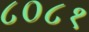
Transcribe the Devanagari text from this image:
८०८१